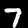
Label: 7